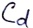
Text: Cd